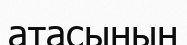
атасының